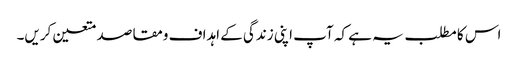
اس کا مطلب یہ ہے کہ آپ اپنی زندگی کے اہداف ومقاصد متعین کریں۔